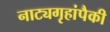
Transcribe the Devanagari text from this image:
नाट्यगृहांपैकी